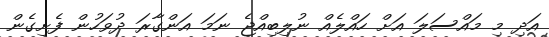
އަދި މި މައްސަލަ އަށް ހައްލެއް ނުލިބިއްޖެ ނަމަ އަންގާރަ ދުވަހުން ފެށިގެން